Vaccination United Provinces of Agra and Oudh 1923-1928 - 1923-1928
Year: 1923
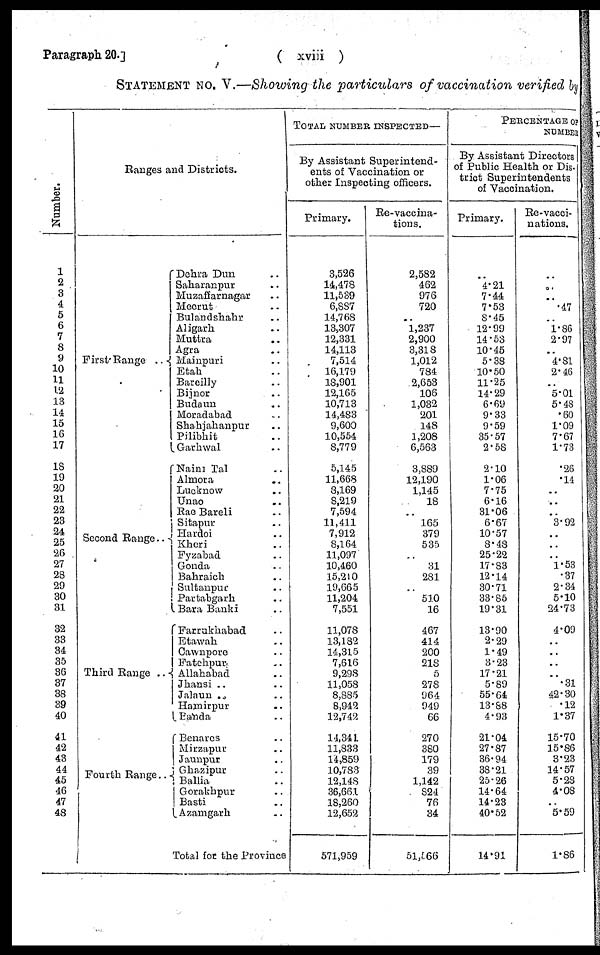
Paragraph 20.]
( xviii )
STATEMENT NO. V.—Showing the particulars of vaccination verified by
Number.
1
2
3
4
5
6
7
8
9
10
11
12
13
14
15
16
17
18
19
20
21
22
23
24
25
26
27
28
29
30
31
32
33
34
35
36
37
38
39
40
41
42
43
44
45
46
47
48
Ranges and Districts.
First Range ..
Second Range ..
Third Range ..
Fourth Range ..
Dehra Dun ..
Saharanpur ..
Muzaffarnagar ..
Meerut ..
Bulandshahr ..
Aligarh ..
Muttra ..
Agra ..
Mainpuri ..
Etah ..
Bareilly ..
Bijnor ..
Budaun ..
Moradabad ..
Shahjahanpur ..
Pilibhit ..
Garhwal ..
Naini Tal ..
Almora ..
Lucknow ..
Unao ..
Rae Bareli ..
Sitapur ..
Hardoi ..
Kheri ..
Fyzabad ..
Gonda ..
Bahraich ..
Sultanpur ..
Partabgarh ..
Bara Banki ..
Farrukhabad ..
Etawah ..
Cawnpore ..
Fatehpur ..
Allahabad ..
Jhansi ..
Jalaun ..
Hamirpur ..
Banda ..
Benares ..
Mirzapur ..
Jaunpur ..
Ghazipur ..
Ballia ..
Gorakhpur ..
Basti ..
Azamgarh ..
Total for the Province
TOTAL NUMBER INSPECTED—
By Assistant Superintend-
ents of Vaccination or
other Inspecting officers.
Primary.
3,526
14,478
11,539
6,887
14,768
13,307
12,331
14,113
7,514
16,179
18,901
12,165
10,713
14,483
9,600
10,554
8,779
5,145
11,668
8,169
8,219
7,594
11,411
7,912
8,164
11,097
10,460
15,210
19,665
11,204
7,551
11,078
13,182
14,315
7,616
9,298
11,058
8,885
8,942
12,742
14,341
11,833
14,859
10,783
12,148
36,661
18,260
12,652
571,959
Re-vaccina-
tions.
2,582
462
976
720
..
1,237
2,900
3,318
1,012
784
2,653
106
1,032
201
148
1,208
6,563
3,889
12,190
1,145
18
..
165
379
535
..
31
281
..
510
16
467
414
200
218
5
278
964
949
66
270
380
179
39
1,142
824
76
34
51,566
PERCENTAGE OF
NUMBER
By Assistant Directors
of Public Health or Dis¬
trict Superintendents
of Vaccination.
Primary.
4.21
7.44
7.53
8.45
12.99
14.53
10.45
5.38
10.50
11.25
14.29
6.69
9.33
9.59
35.57
2.58
2.10
1.06
7.75
6.16
31.06
6.67
10.57
8.48
25.22
17.83
12.14
30.71
33.85
19.31
13.90
2.29
1.49
3.23
17.21
5.89
55.64
13.88
4.93
21.04
27.87
36.94
38.21
25.26
14.64
14.23
40.52
14.91
Re-vacci-
nations.
..
..
.47
..
1.86
2.97
..
4.81
2.46
..
5.01
5.48
.60
1.09
7.67
1.73
.26
.14
..
..
..
3.92
..
..
..
1.53
.37
2.34
5.10
24.73
4.09
..
..
..
..
.31
42.30
.12
1.37
15.70
15.86
3.23
14.57
5.28
4.08
..
5.59
1.86